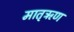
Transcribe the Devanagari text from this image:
मातृऋण